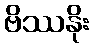
ဗိဿနိုး